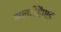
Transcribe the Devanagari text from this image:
मल्टीहैण्ड